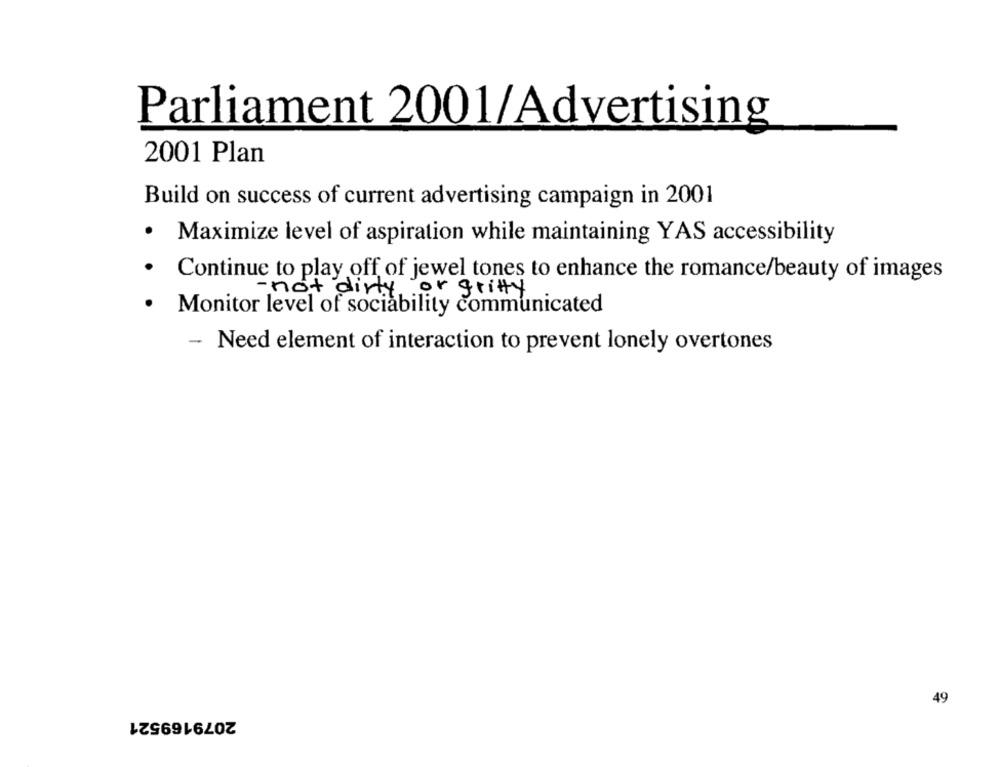
Parliament 2001/Advertising
2001 Plan
Build on success of current advertising campaign in 2001
.
Maximize level of aspiration while maintaining YAS accessibility
.
Continue to play off of jewel tones to enhance the romance/beauty of images
- not dirty or gritty
.
Monitor level of sociability communicated
Need element of interaction to prevent lonely overtones
49
2079169521